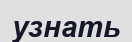
узнать